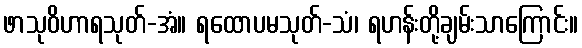
ဖာသုဝိဟာရသုတ်-အံ။ ရထောပမသုတ်-သံ၊ ရဟန်းတို့ချမ်းသာကြောင်း။